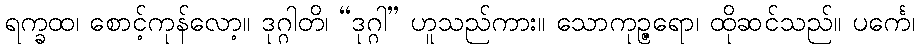
ရက္ခထ၊ စောင့်ကုန်လော့။ ဒုဂ္ဂါတိ၊ “ဒုဂ္ဂါ” ဟူသည်ကား။ သောကုဉ္ဇရော၊ ထိုဆင်သည်။ ပင်္ကေ၊